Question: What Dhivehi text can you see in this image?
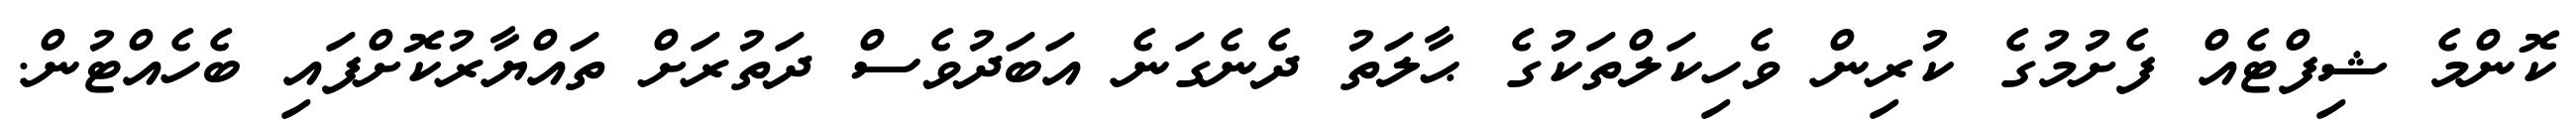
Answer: ކޮންމެ ޝިފްޓެއް ފެށުމުގެ ކުރިން ވެހިކަލްތަކުގެ ޙާލަތު ދެނެގަނެ އަބަދުވެސް ދަތުރަށް ތައްޔާރުކޮށްފައި ބެހެއްޓުން.